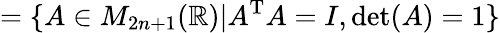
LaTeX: =\{ A\in M_{2n+1}(\mathbb{R})|A^{\mathrm{T}}A=I,\det(A)=1\}